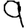
Digit: 9